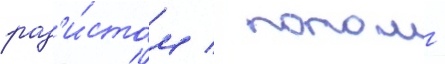
рад'и́стом / потом -